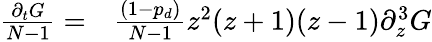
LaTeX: \begin{array}{rl}{\frac{\partial_{t}G}{N-1}=}&{{}\frac{(1-p_{d})}{N-1}z^{2}(z+1)(z-1)\partial_{z}^{3}G}\end{array}